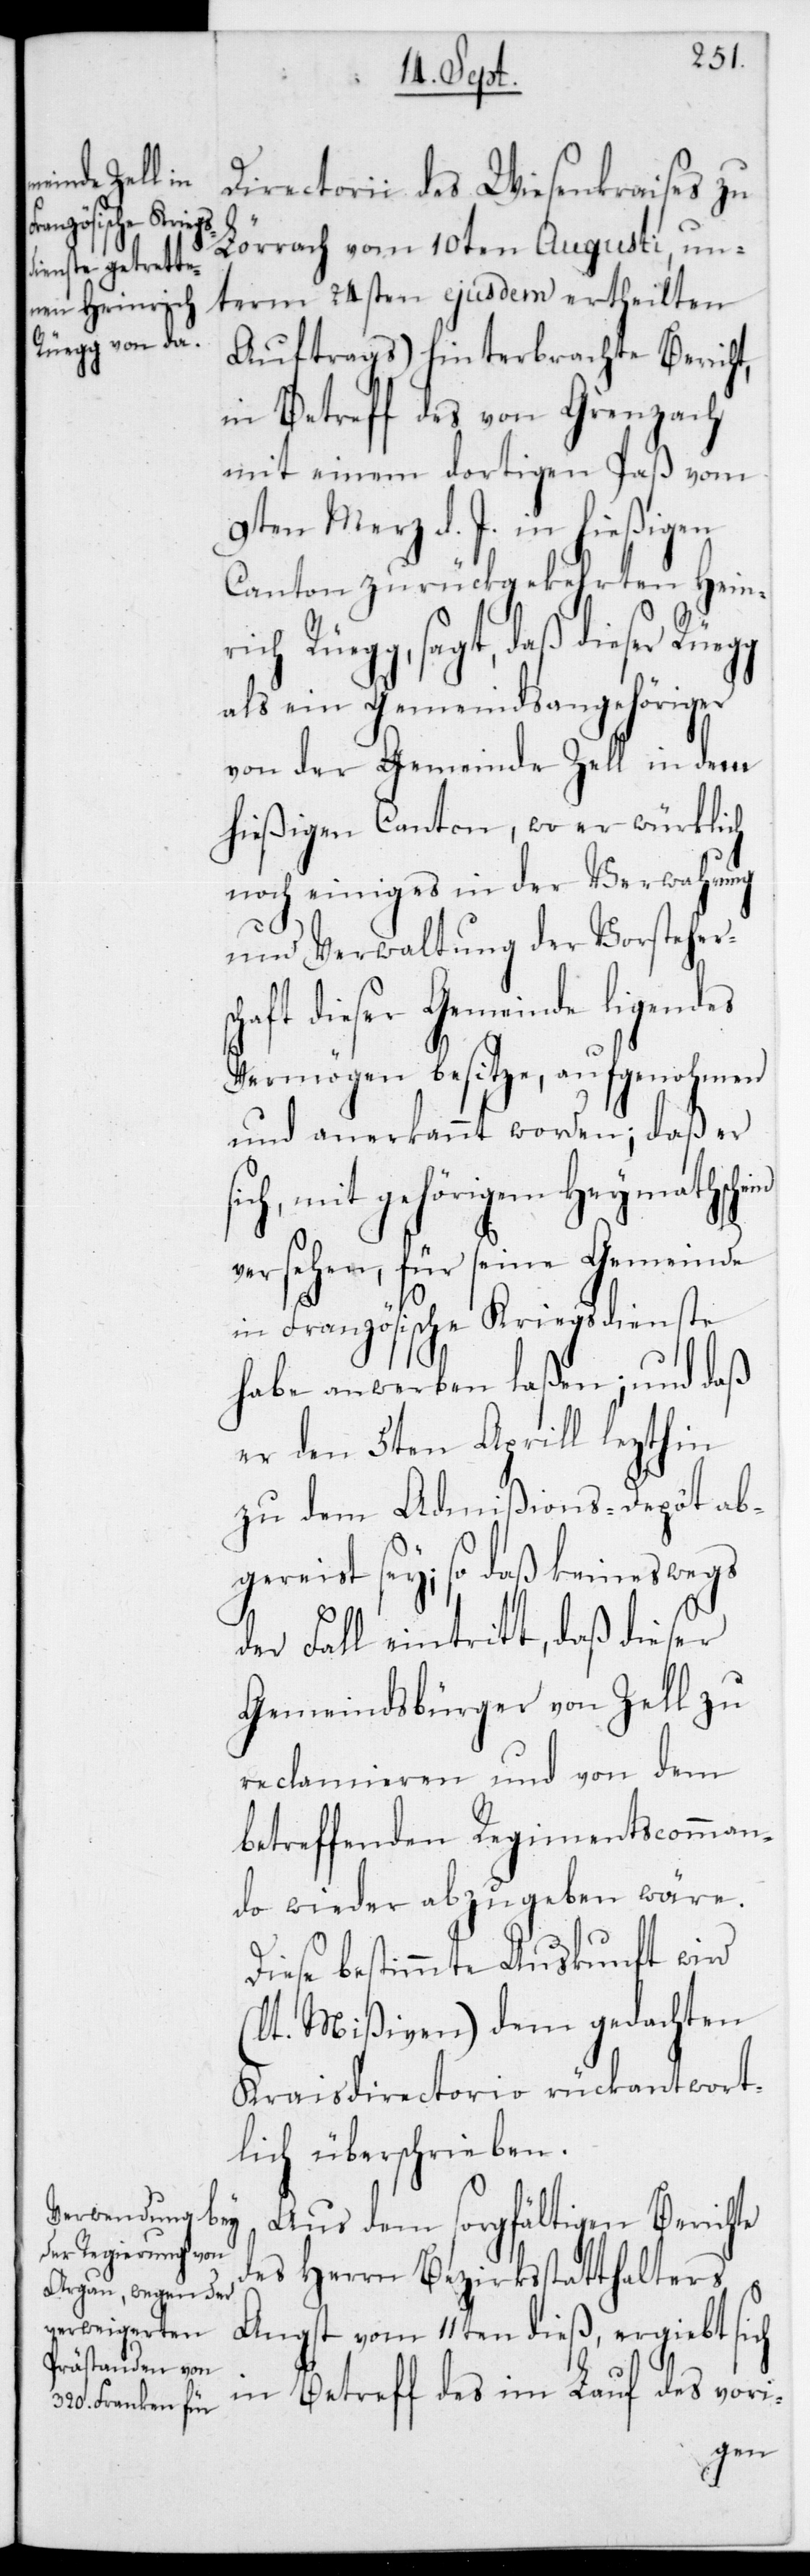
Directorii des Wiesenkraises zu
Lörrach vom 10ten Augusti, un¬
term 24sten ejusdem ertheilten
Auftrags) hinterbrachte Bericht,
in Betreff des von Grenzach
mit einem dortigen Paß vom
9ten Merz d. J. in hießigen
Canton zurückgekehrten Heinr¬
ich Rüegg, sagt, daß dieser
als ein Gemeindsangehöriger
von der Gemeinde Zell in dem
hießigen Canton, wo er würklich
noch einiges in der Verwahrung
und Verwaltung der Vorstehers¬
haft dieser Gemeinde ligendes
Vermögen besitze, aufgenohmen
und anerkannt worden; daß er
sich, mit gehörigem Heymathschein
versehen, für seine Gemeinde
in Französische Kriegsdienste
habe anwerben laßen; und daß
er den 5ten Aprill lezthin
zu dem Admißions-Depôt ab¬
gereist sey; so daß keineswegs
der Fall eintritt, daß dieser
Gemeindsbürger von Zell zu
reclamieren und von dem
betreffenden Regimentscomman¬
do wieder abzugeben wäre.
Diese bestimmte Auskunft wird
(lt. Mißiven) dem gedachten
Kreisdirectorio rückantwort¬
lich überschrieben.
Aus dem sorgfältigen Berichte
des Herrn Bezirksstatthalters
Angst vom 11ten dieß, ergiebt sich
in Betreff des im Lauf des vori-
c¬